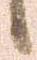
候